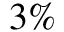
3 \%